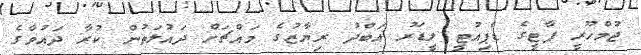
ޖުމްހޫރީ ޕާޓީގެ ޑެޕިއުޓީ ލީޑަރު އަބްދު ރިޔާޒުގެ މައްޗަށް ދައުލަތުން ކުރާ ދައުވާގެ